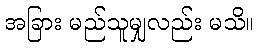
အခြား မည်သူမျှလည်း မသိ။